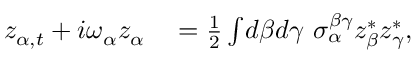
\begin{array} { r l } { z _ { \alpha , t } + i \omega _ { \alpha } z _ { \alpha } } & { { } = \frac { 1 } { 2 } \int \! d \beta d \gamma \ \sigma _ { \alpha } ^ { \beta \gamma } z _ { \beta } ^ { * } z _ { \gamma } ^ { * } , } \end{array}